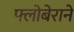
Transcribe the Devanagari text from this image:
फ्लोबेराने